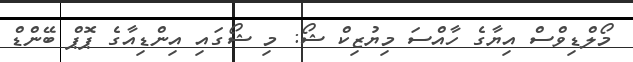
މޯލްޑިވްސް އިޔާގެ ހާއްސަ މިޔުޒިކް ޝޯ: މި ޝޯގައި އިންޑިއާގެ ޕޮޕް ބޭންޑް